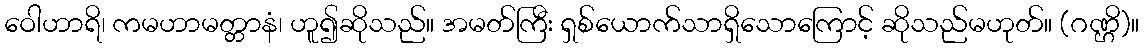
ဝေါဟာရိ၊ ကမဟာမတ္တာနံ၊ ဟူ၍ဆိုသည်။ အမတ်ကြီး ရှစ်ယောက်သာရှိသောကြောင့် ဆိုသည်မဟုတ်။ (ဂဏ္ဌိ)။